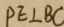
P E \bot B C